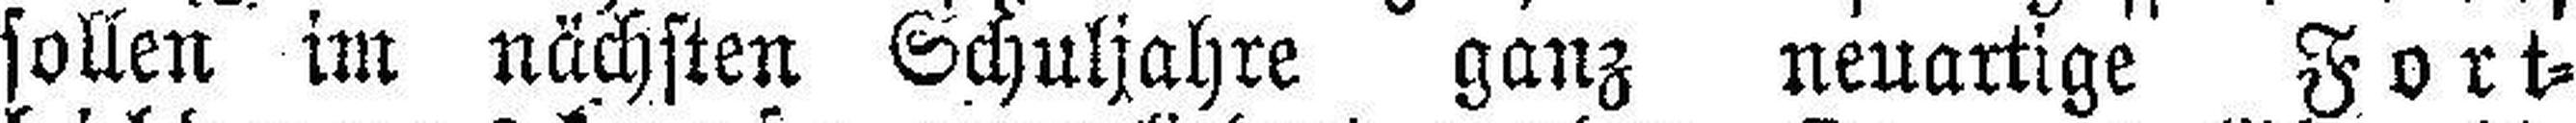
sollen im nächsten Schuljahre ganz neuartige Fort¬